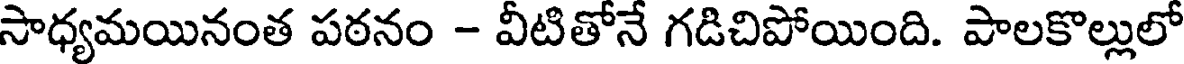
సాధ్యమయినంత పఠనం - వీటితోనే గడిచిపోయింది. పాలకొల్లులో